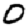
Digit: 0